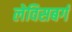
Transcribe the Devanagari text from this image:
लेविसबर्ग